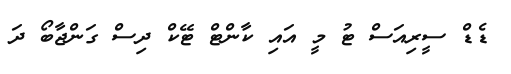
ޑެޑް ސީރިއަސް ޓު މީ އައި ކާންޓް ޓޭކް ދިސް ގަންޖާބޯ ދަ